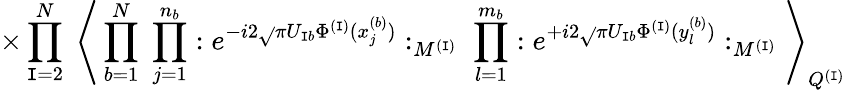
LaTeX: \times\prod_{\mathtt{I}=2}^{N}\; \Bigg\langle\prod_{b=1}^{N}\; \prod_{j=1}^{n_{b}}:e^{-i2\sqrt{}{{\pi}}U_{\mathtt{I}b}\Phi^{(\mathtt{I})}(x_{j}^{(b)})}:_{M^{(\mathtt{I})}}\; \prod_{l=1}^{m_{b}}:e^{+i2\sqrt{}{{\pi}}U_{\mathtt{I}b}\Phi^{(\mathtt{I})}(y_{l}^{(b)})}:_{M^{(\mathtt{I})}}\Bigg\rangle_{Q^{(\mathtt{I})}}